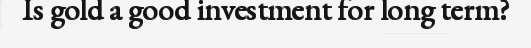
Is gold a good investment for long term?